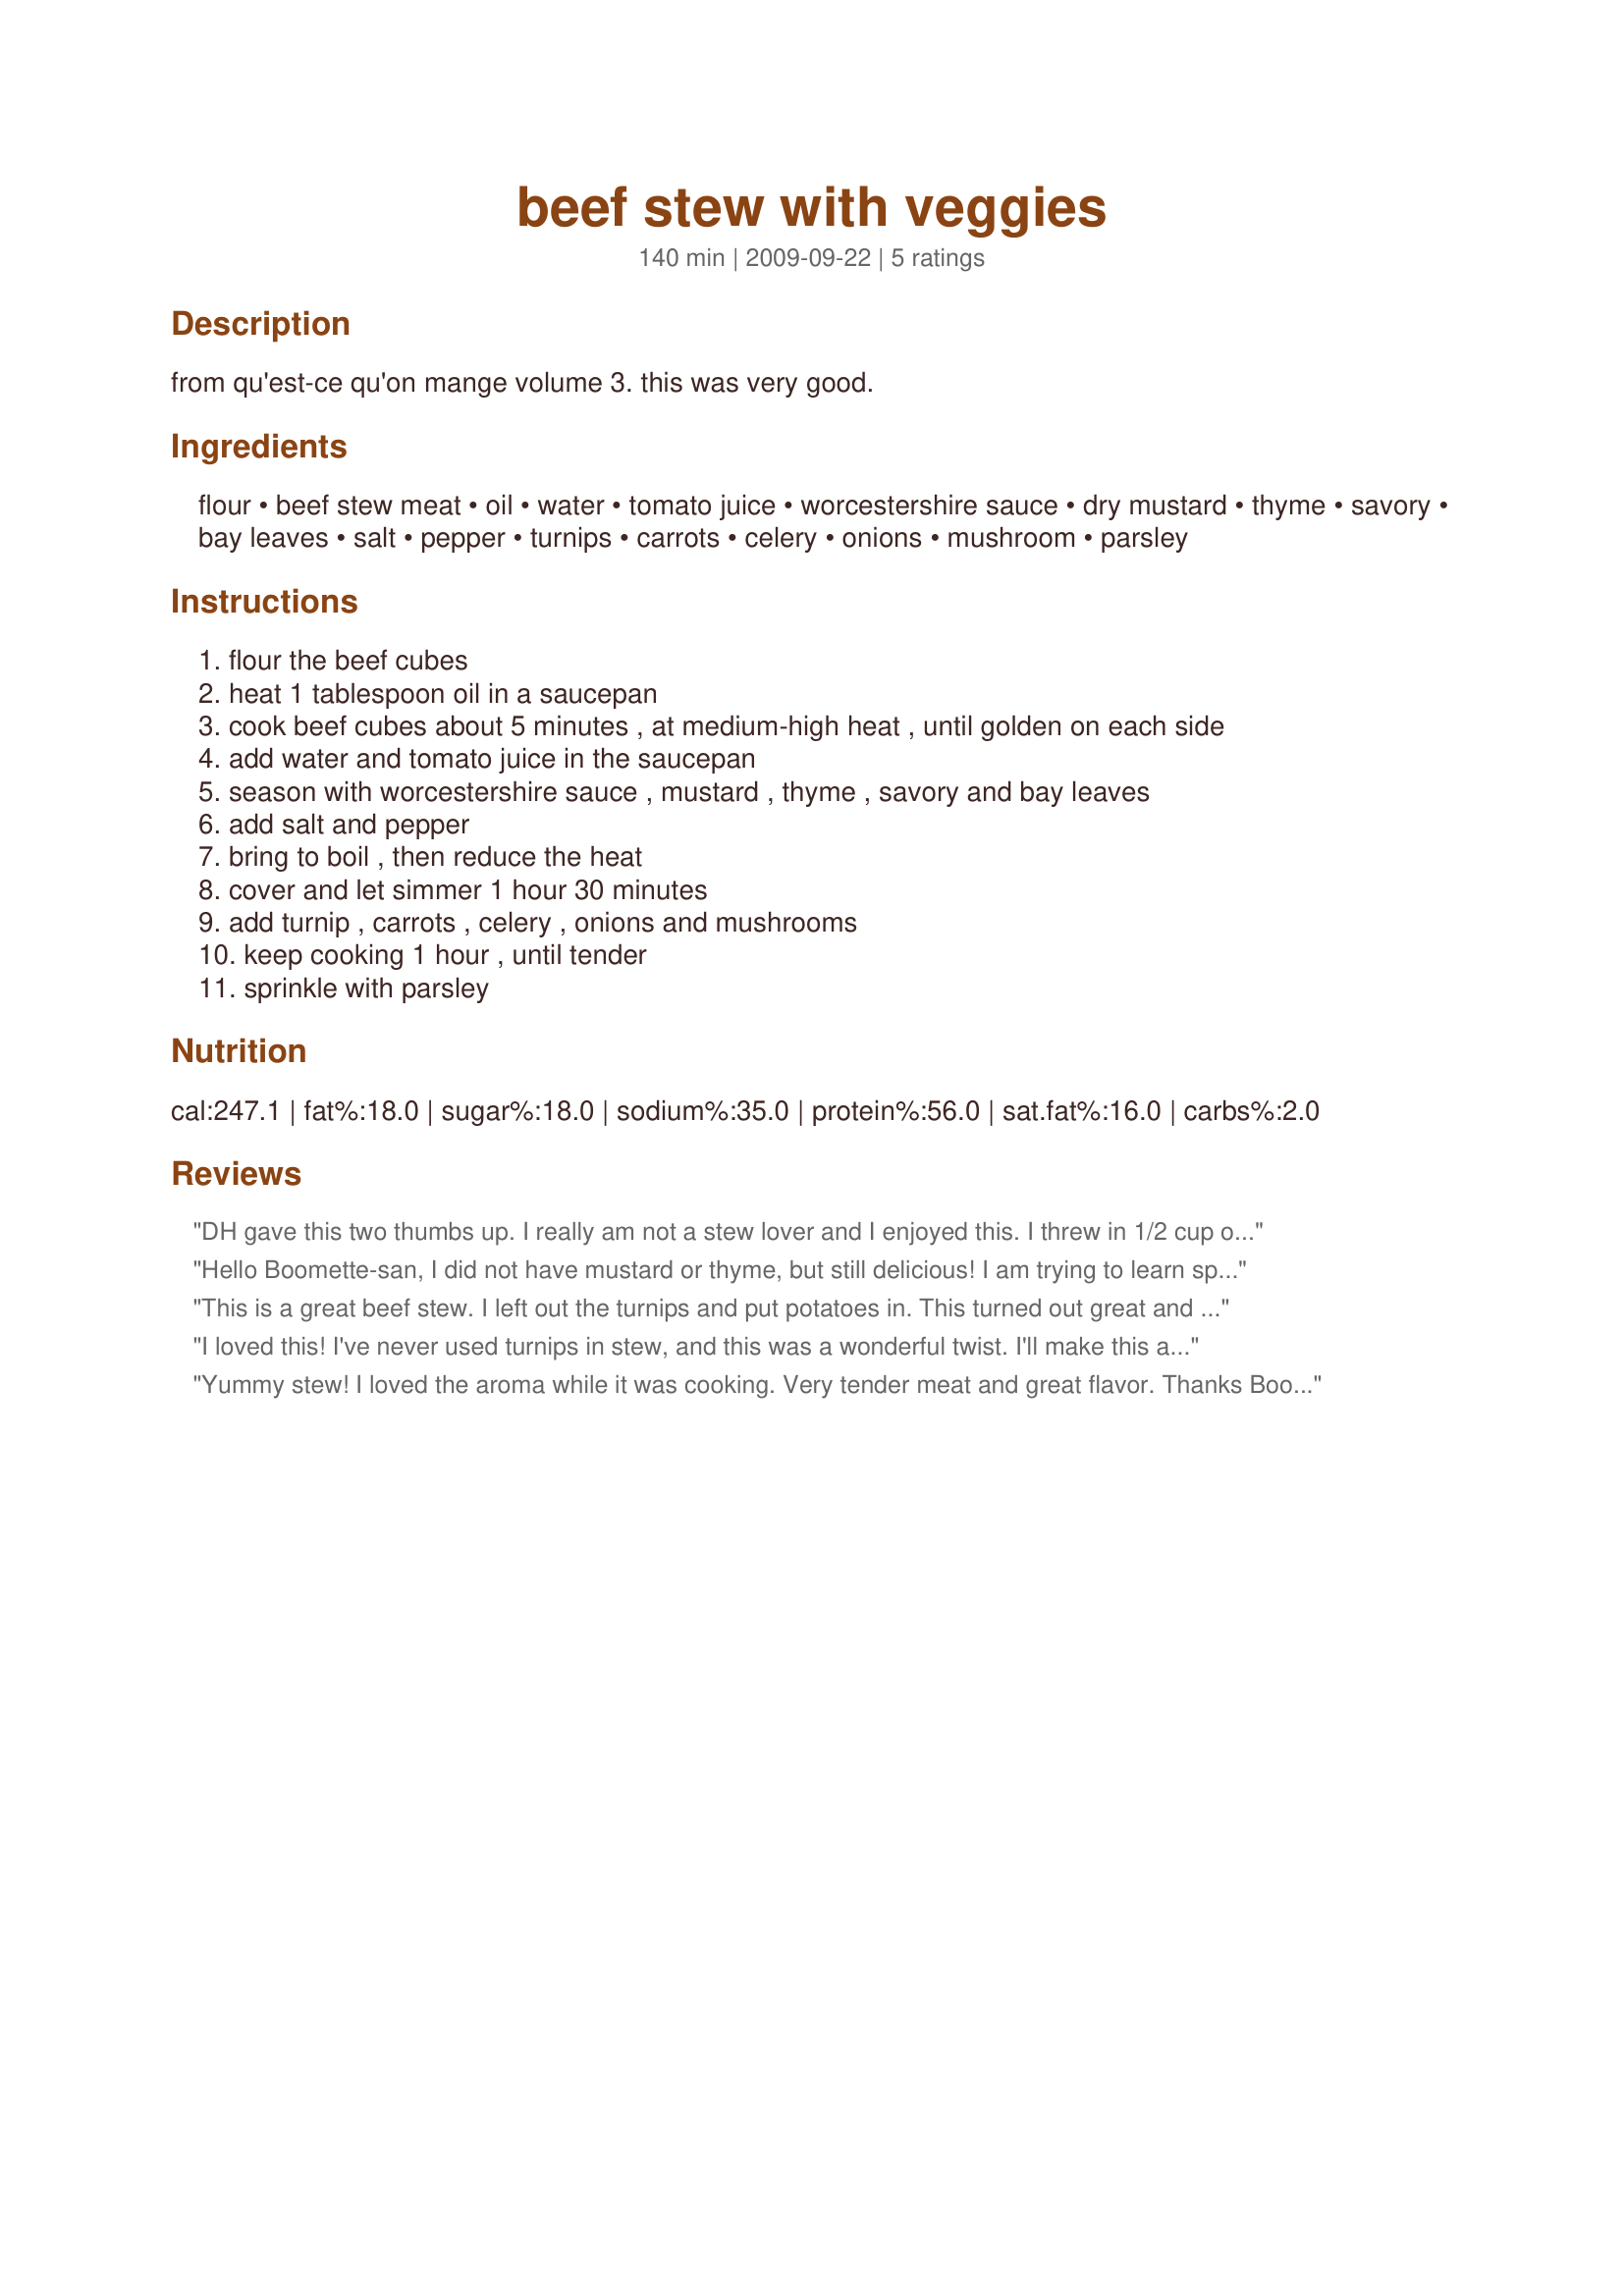
beef stew with veggies
Preparation time: 140 minutes

from qu'est-ce qu'on mange volume 3. this was very good.

Ingredients:
flour, beef stew meat, oil, water, tomato juice, worcestershire sauce, dry mustard, thyme, savory, bay leaves, salt, pepper, turnips, carrots, celery, onions, mushroom, parsley

Steps:
flour the beef cubes
heat 1 tablespoon oil in a saucepan
cook beef cubes about 5 minutes , at medium-high heat , until golden on each side
add water and tomato juice in the saucepan
season with worcestershire sauce , mustard , thyme , savory and bay leaves
add salt and pepper
bring to boil , then reduce the heat
cover and let simmer 1 hour 30 minutes
add turnip , carrots , celery , onions and mushrooms
keep cooking 1 hour , until tender
sprinkle with parsley

Reviews:
DH gave this two thumbs up. I really am not a stew lover and I enjoyed this. I threw in 1/2 cup of diced potato only because I had some left from another recipe I was making. DH loved the mushrooms. I cut the recipe down to 4 servings and it came out great. We have some leftovers, yum. Thanks for posting. :)
Hello Boomette-san, I did not have mustard or thyme, but still delicious! I am trying to learn spices. Can you tell me what flavor mustard makes when it mixes in? Is it seed or powder like Chinese mustard? or some leaf? I love mustard so I am so curious. Also, How about thyme flavor? I think I am frightened for not using correctly. I ate bean soup made by my USA friend and the thyme was so strong. It was the only taste. It made me some nausea. Is this spice normally so strong? I want to make this again when I have every spice. I want to do it correctly. Thank you!
This is a great beef stew. I left out the turnips and put potatoes in. This turned out great and was a wonderful change from my regular beef stew. I will make this again. Thanks for posting! Made for Went to Market Tag.
I loved this! I've never used turnips in stew, and this was a wonderful twist. I'll make this again....thanks for sharing a delicious recipe! Made for 123 Tag.
Yummy stew! I loved the aroma while it was cooking. Very tender meat and great flavor. Thanks Boomette for another nice meal. Made for your win in the All You Can Cook Buffet special.
